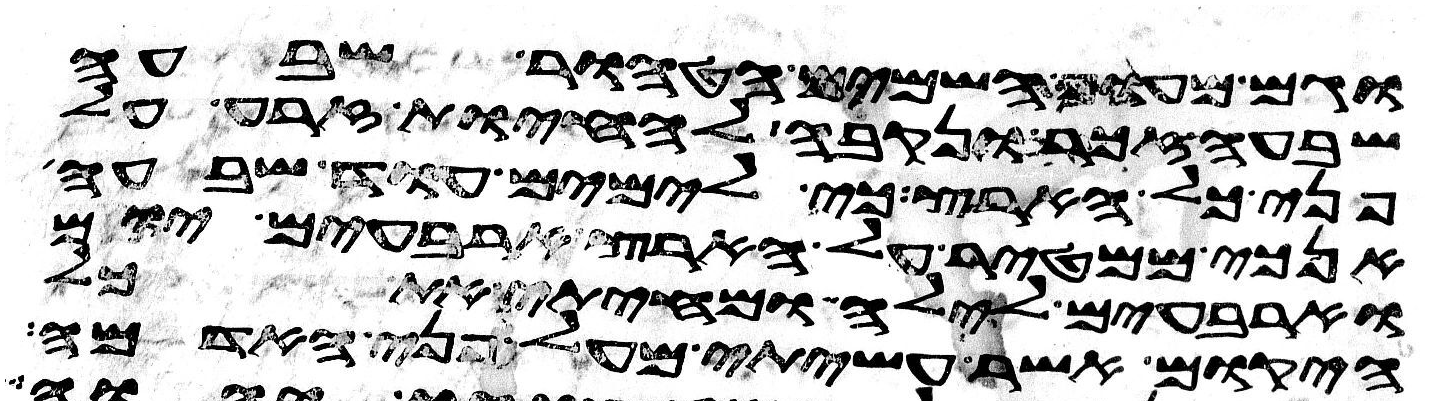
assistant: וגם מעוף השמים הטהור שבעה
שבעה זכר ונקבה להחיות זרע על
פני כל הארץ כי לימים עוד שבעה
אנכי ממטיר על הארץ ארבעים יום
וארבעים לילה ומחיתי את כל
היקום אשר עשיתי מעל פני האדמה